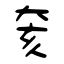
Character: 奒